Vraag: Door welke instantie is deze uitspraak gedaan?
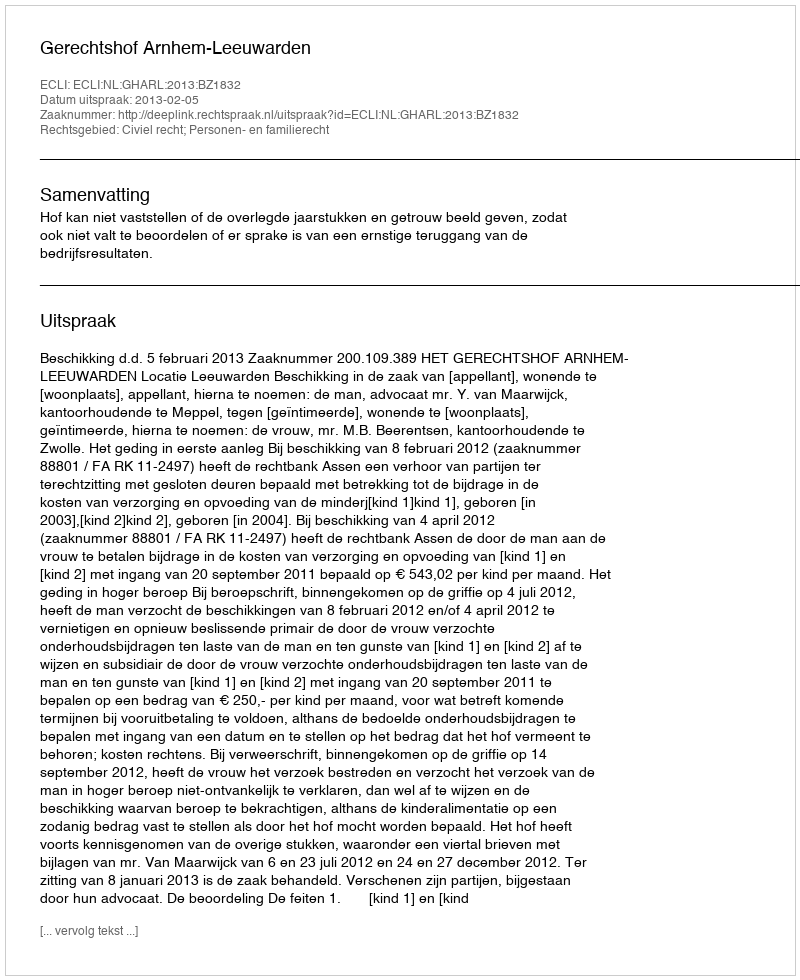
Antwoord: Gerechtshof Arnhem-Leeuwarden